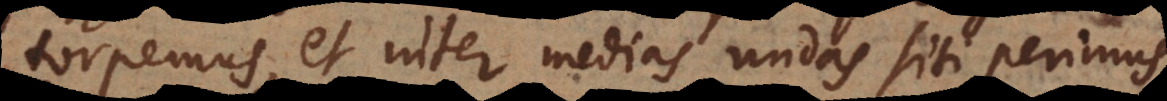
torpemus, et inter medias undas siti perimus,